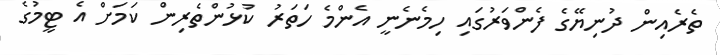
ތެރެއިން ދުނިޔޭގެ ފެންވަރުގައި ހިމެނެނީ އެންމެ ހަތަރު ކުޅުންތެރިން ކަމަށް އެ ޓީމުގެ